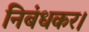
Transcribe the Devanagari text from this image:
निबंधकर।